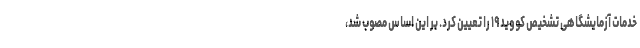
خدمات آزمایشگاهی تشخیص کووید ۱۹ را تعیین کرد. بر این اساس مصوب شد،